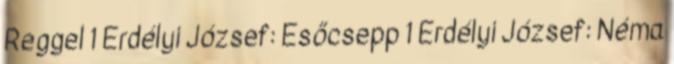
Reggel 1 Erdélyi József: Esőcsepp 1 Erdélyi József: Néma